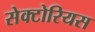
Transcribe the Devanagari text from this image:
सेक्टोरियस